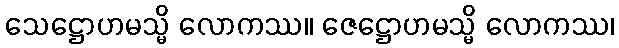
သေဋ္ဌောဟမသ္မိ လောကဿ။ ဇေဋ္ဌောဟမသ္မိ လောကဿ၊